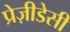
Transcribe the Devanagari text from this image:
प्रेज़ीडेसी